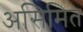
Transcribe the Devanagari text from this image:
असिमित